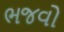
ભજવો